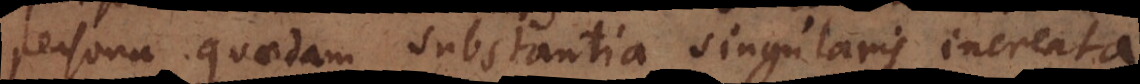
persona quaedam substantia singularis increata